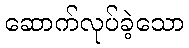
ဆောက်လုပ်ခဲ့သော